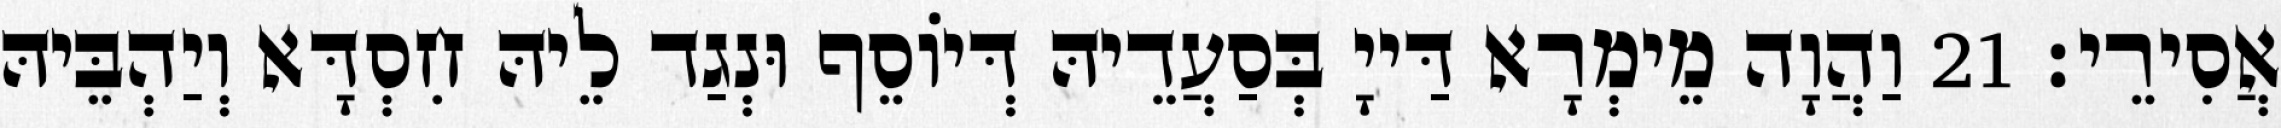
אֲסִירֵי׃ 21 וַהֲוָה מֵימְרָא דַּייָ בְּסַעֲדֵיהּ דְּיוֹסֵף וּנְגַד לֵיהּ חִסְדָּא וְיַהְבֵּיהּ